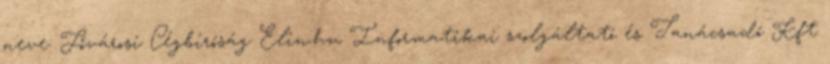
neve: Fővárosi Cégbíróság Elin.hu Informatikai szolgáltató és Tanácsadó Kft